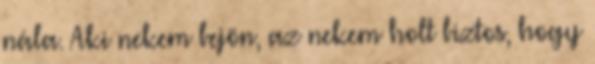
nála. Aki nekem bejön, az nekem holt biztos, hogy